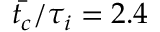
\bar { t _ { c } } / \tau _ { i } = 2 . 4